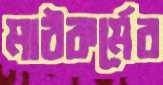
মাঠকর্মের